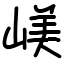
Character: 嵄